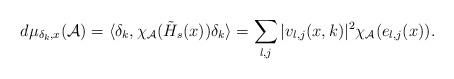
LaTeX: \begin{align*}d\mu_{\delta_k, x}(\mathcal{A})=\langle \delta_k, \chi_{\mathcal{A}}(\tilde{H}_s(x))\delta_k\rangle=\sum_{l, j}|v_{l, j}(x, k)|^2 \chi_{\mathcal{A}}(e_{l,j}(x)).\end{align*}